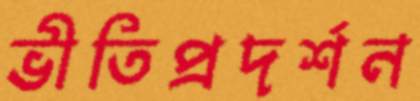
ভীতিপ্রদর্শন